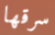
سرقها